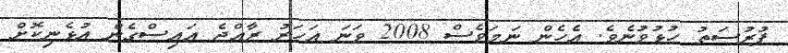
ފުރުސަތު ހުޅުވުނެވެ. އެހެން ނަމަވެސް 2008 ވަނަ އަހަރު ރާއްޖެ އައިސްގެން އުޅެނިކޮށް